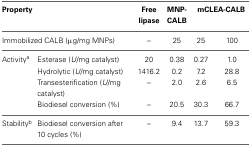
<table><thead><tr><td colspan="2"><b>Property</b></td><td><b>Free lipase</b></td><td><b>MNP-CALB</b></td><td colspan="2"><b>mCLEA-CALB</b></td></tr></thead><tbody><tr><td colspan="2">Immobilized CALB (μg/mg MNPs)</td><td>–</td><td>25</td><td>25</td><td>100</td></tr><tr><td>Activity<sup>a</sup></td><td>Esterase (<i>U</i>/mg catalyst)</td><td>20</td><td>0.38</td><td>0.27</td><td>1.0</td></tr><tr><td></td><td>Hydrolytic (<i>U</i>/mg catalyst)</td><td>1416.2</td><td>0.2</td><td>7.2</td><td>28.8</td></tr><tr><td></td><td>Transesterification (<i>U</i>/mg catalyst)</td><td>–</td><td>2.0</td><td>2.6</td><td>6.5</td></tr><tr><td></td><td>Biodiesel conversion (%)</td><td>–</td><td>20.5</td><td>30.3</td><td>66.7</td></tr><tr><td>Stability<sup>b</sup></td><td>Biodiesel conversion after 10 cycles (%)</td><td>–</td><td>9.4</td><td>13.7</td><td>59.3</td></tr></tbody></table>